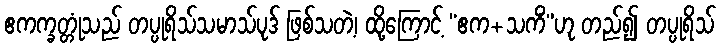
ဧကက္ခတ္တုံသည် တပ္ပုရိသ်သမာသ်ပုဒ် ဖြစ်သတဲ့၊ ထို့ကြောင့် “ဧက+သကိံ”ဟု တည်၍ တပ္ပုရိသ်